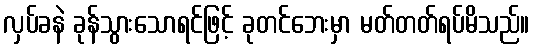
လှပ်ခနဲ ခုန်သွားသောရင်ဖြင့် ခုတင်ဘေးမှာ မတ်တတ်ရပ်မိသည်။